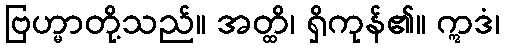
ဗြဟ္မာတို့သည်။ အတ္ထိ၊ ရှိကုန်၏။ ဣဒံ၊